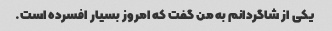
یکی از شاگردانم به من گفت که امروز بسیار افسرده است.